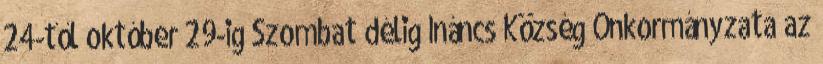
24-től október 29-ig Szombat délig Ináncs Község Önkormányzata az